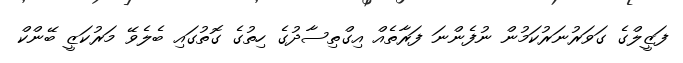
ފަޒީލްގެ ގަވަރުނަރުކަމުން ނުފެންނަ ފަރާތެއް އިގްތިސާދުގެ ހިތުގެ ގޮތުގައި ބެލެވޭ މަރުކަޒީ ބޭންކް